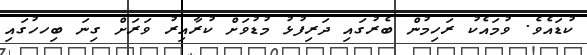
ކުޑައެވެ. ވުމައެކު ރަހިމުން ބެރުގައި ދަރިފުޅު މުޑުވަށް ކުރާއިރު ވަރަށް ގިނަ ބިހހުގައި